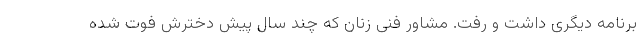
برنامه دیگری داشت و رفت. مشاور فنی زنان که چند سال پیش دخترش فوت شده